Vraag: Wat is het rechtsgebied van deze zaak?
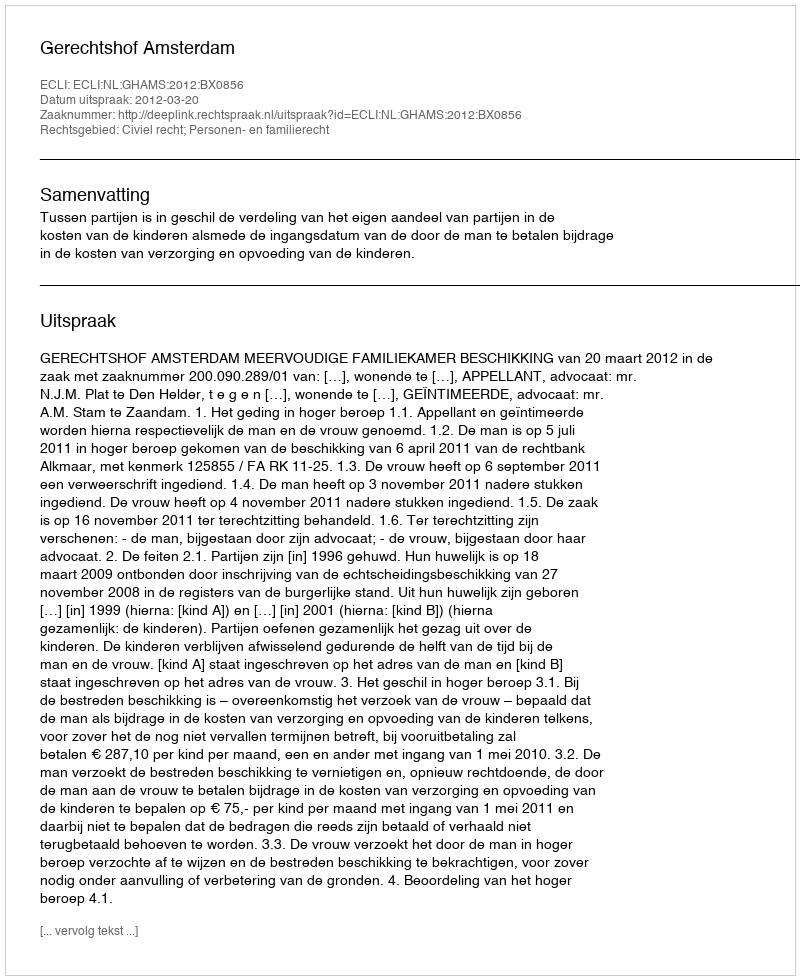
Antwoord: Civiel recht; Personen- en familierecht